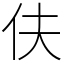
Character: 伕